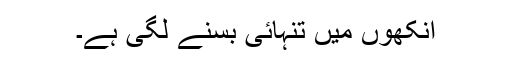
آنکھوں میں تنہائی بسنے لگی ہے۔